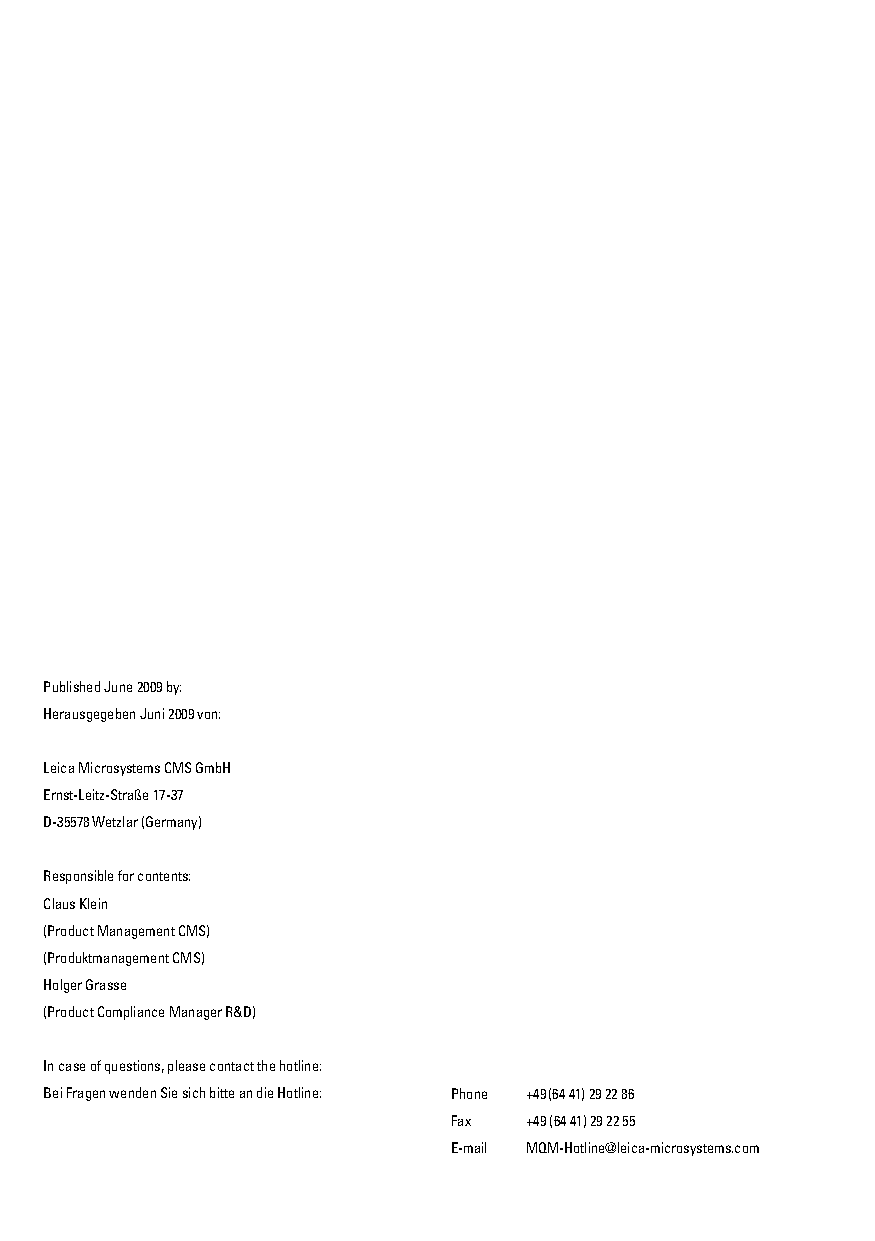
Published June 2009 by:
 Herausgegeben Juni 2009 von:
 Leica Microsystems CMS GmbH
 Ernst-Leitz-Straße 17-37
 D-35578 Wetzlar (Germany)
 Responsible for contents:
 Claus Klein
 (Product Management CMS)
 (Produktmanagement CMS)
 Holger Grasse
 (Product Compliance Manager R&D)
 In case of questions, please contact the hotline:
 Bei Fragen wenden Sie sich bitte an die Hotline: Phone +49 (64 41) 29 22 86
 Fax  +49 (64 41) 29 22 55
 E-mail MQM-Hotline@leica-microsystems.com